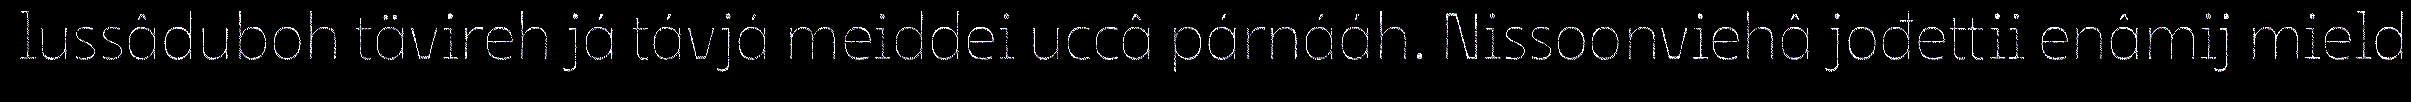
lussâduboh tävireh já távjá meiddei uccâ párnááh. Nissoonviehâ jođettii enâmij mield